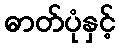
ဓာတ်ပုံနှင့်